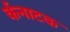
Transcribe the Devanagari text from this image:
र्कनाटक